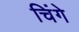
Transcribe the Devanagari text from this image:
चिंगे